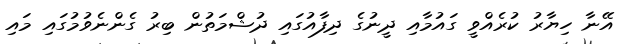
އޭނާ ހިޔާރު ކުރެއްވީ ގައުމާއި ދީނުގެ ދިފާއުގައި ދުޝްމަތުން ބިރު ގެންނެވުމުގައި މައި